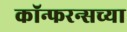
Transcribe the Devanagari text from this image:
कॉन्फरन्सच्या